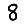
Digit: 8